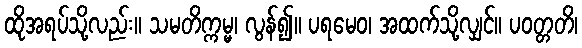
ထိုအရပ်သို့လည်း။ သမတိက္ကမ္မ၊ လွန်၍။ ပရမေဝ၊ အထက်သို့လျှင်။ ပဝတ္တတိ၊